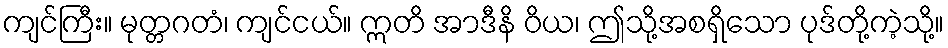
ကျင်ကြီး။ မုတ္တဂတံ၊ ကျင်ငယ်။ ဣတိ အာဒီနိ ဝိယ၊ ဤသို့အစရှိသော ပုဒ်တို့ကဲ့သို့။